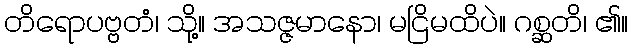
တိရောပဗ္ဗတံ၊ သို့။ အသဇ္ဇမာနော၊ မငြိမထိပဲ။ ဂစ္ဆတိ၊ ၏။